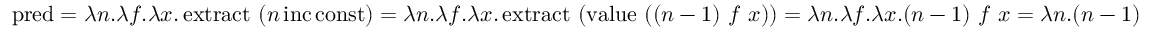
\operatorname { p r e d } = \lambda n . \lambda f . \lambda x . \operatorname { e x t r a c t } \ ( n \operatorname { i n c } \operatorname { c o n s t } ) = \lambda n . \lambda f . \lambda x . \operatorname { e x t r a c t } \ ( \operatorname { v a l u e } \ ( ( n - 1 ) \ f \ x ) ) = \lambda n . \lambda f . \lambda x . ( n - 1 ) \ f \ x = \lambda n . ( n - 1 )